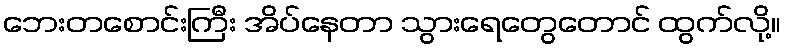
ဘေးတစောင်းကြီး အိပ်နေတာ သွားရေတွေတောင် ထွက်လို့။